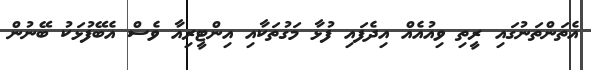
އެތަންތަނުގައި ރީތި ވިއުއެއް އިދެފައި ފުޅާ މަގުތަކާއި އިންޓީރިއާ ވެސް އެބޭފުޅަކު ބޭނުން